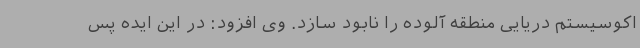
اکوسیستم دریایی منطقه آلوده را نابود سازد. وی افزود: در این ایده پس